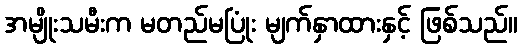
အမျိုးသမီးက မတည်မပြုံး မျက်နှာထားနှင့် ဖြစ်သည်။